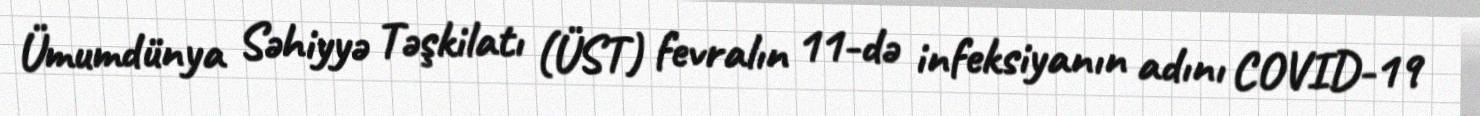
Ümumdünya Səhiyyə Təşkilatı (ÜST) fevralın 11-də infeksiyanın adını COVID-19